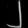
Digit: ၂